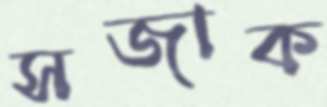
সজাক